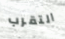
التقرب